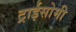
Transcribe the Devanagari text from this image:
ट्राईसोमी